Bréfritari: Stefanía Siggeirsdóttir
Viðtakandi: Páll Pálsson
Dagsetning: A-1864-04-14
Skrifað á: Breiðabólsstað  Árn. ?
Stefanía var bróðurdóttir Páls Pálssonar

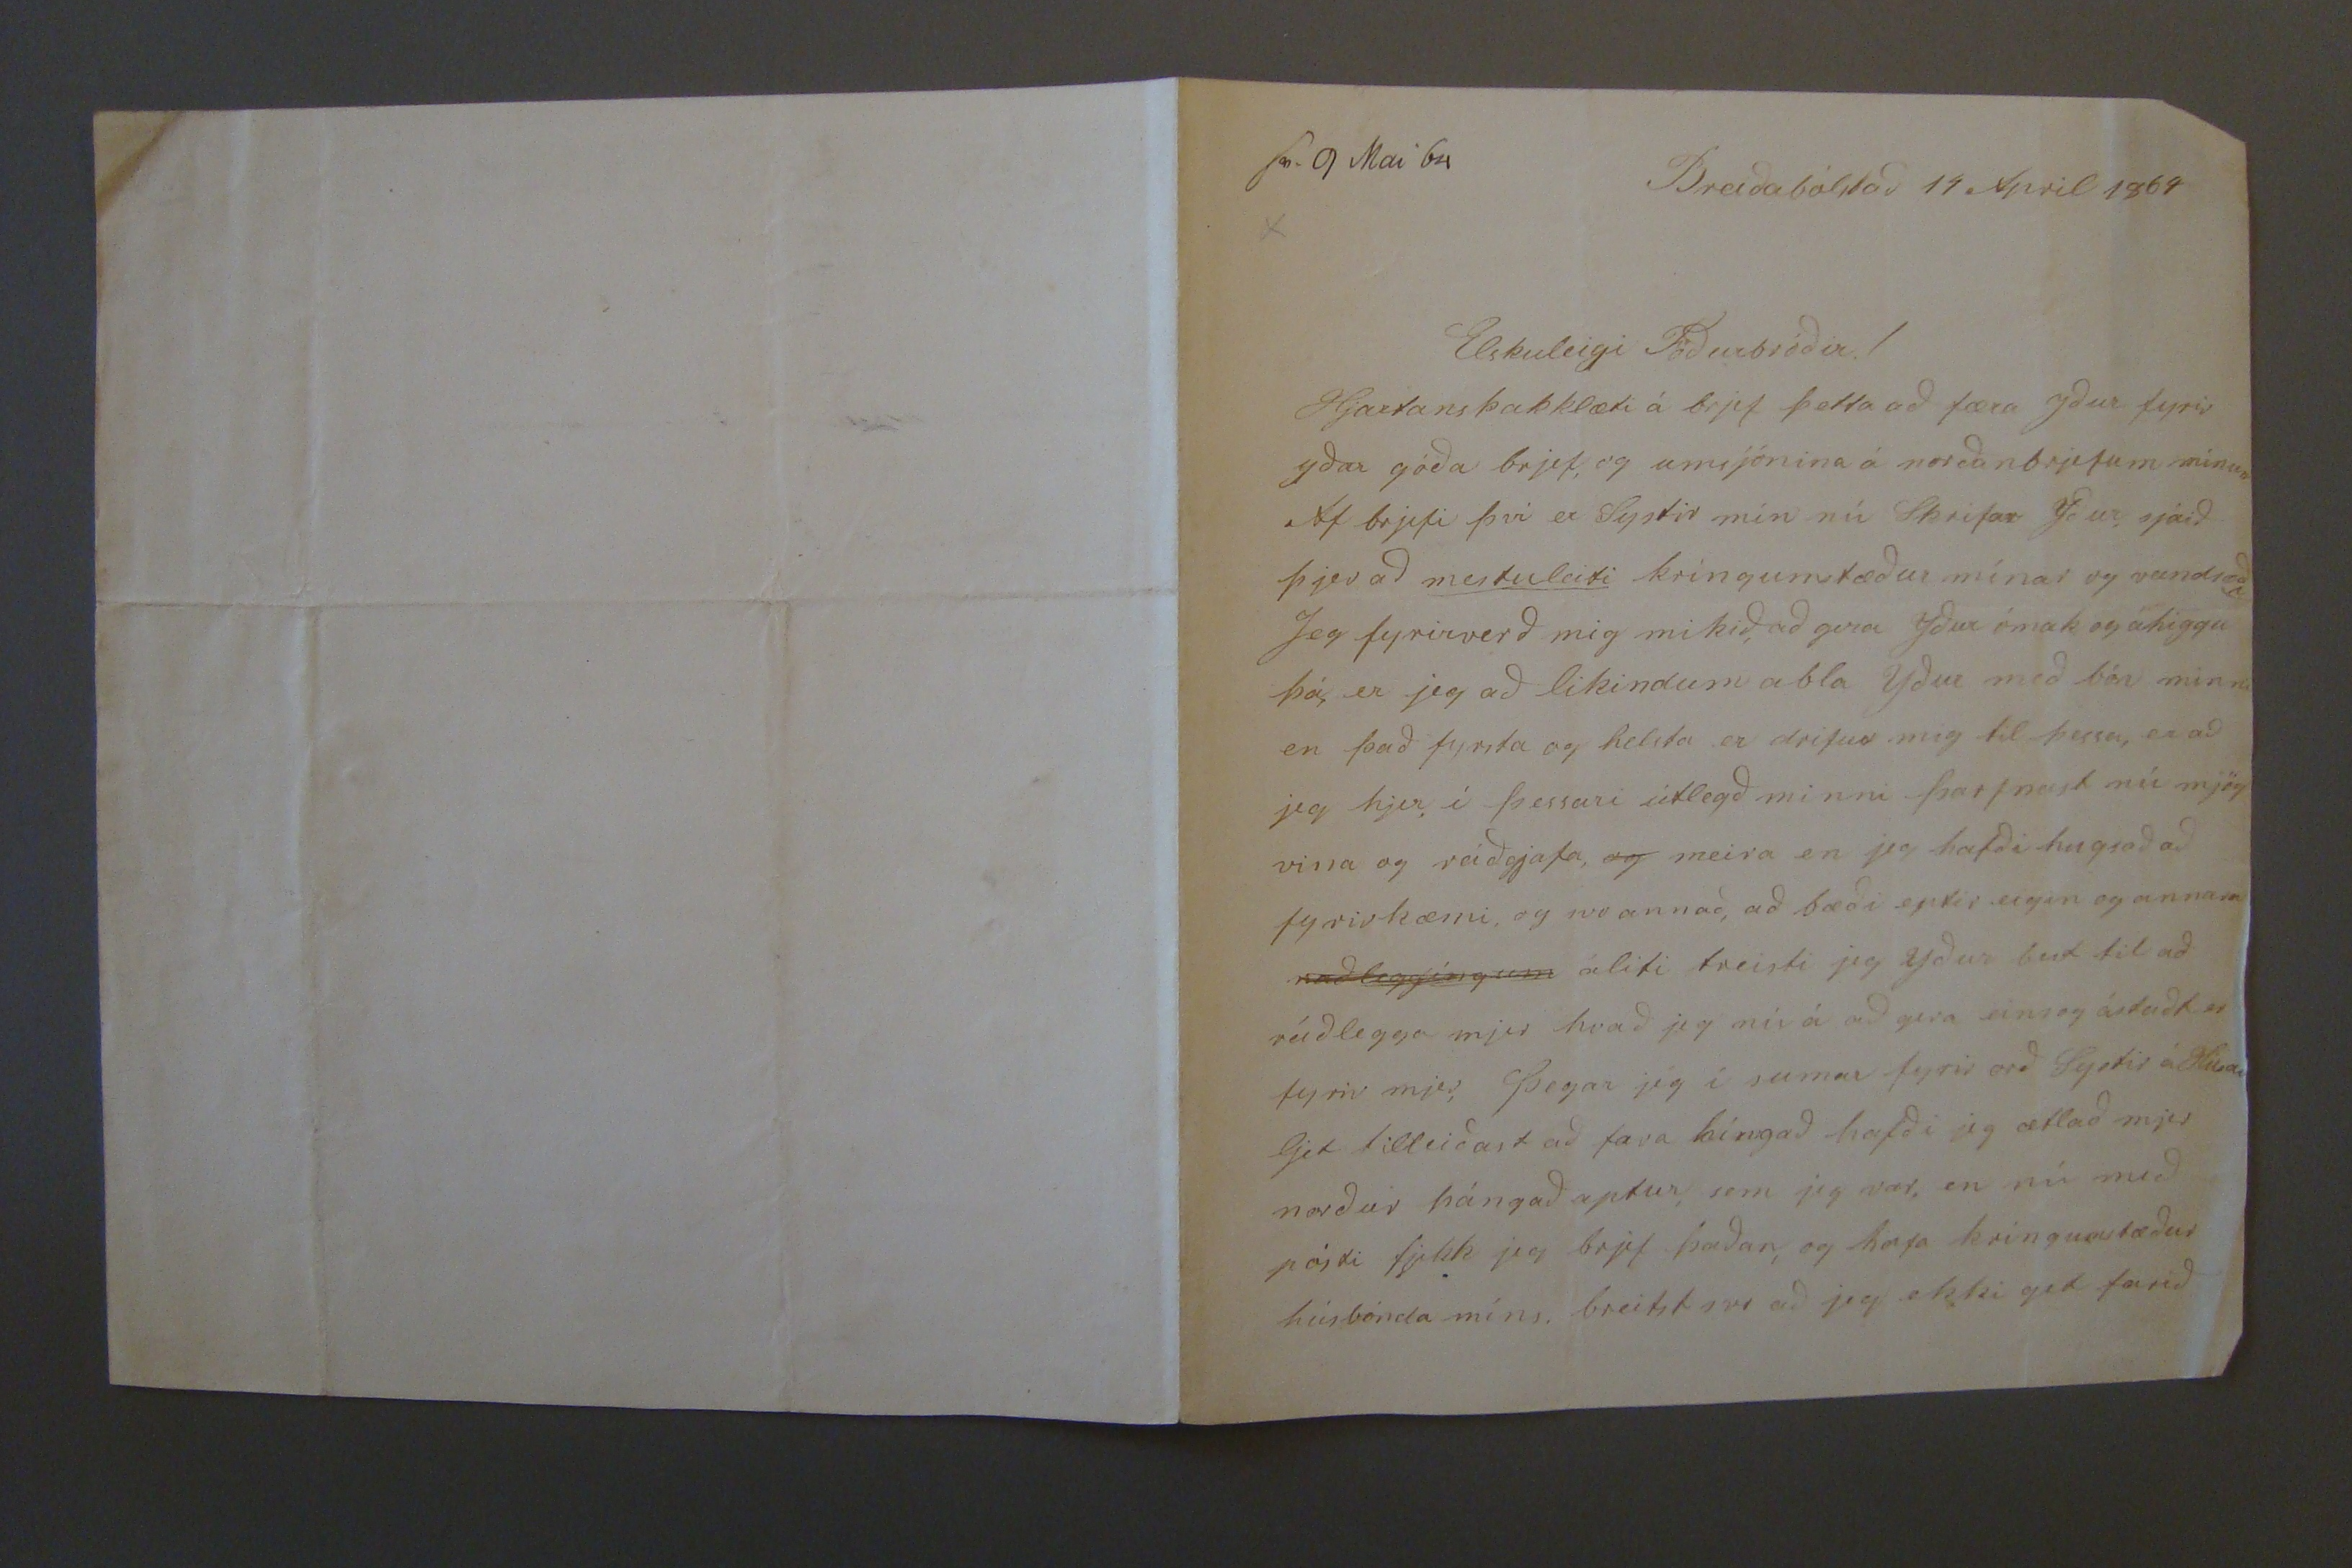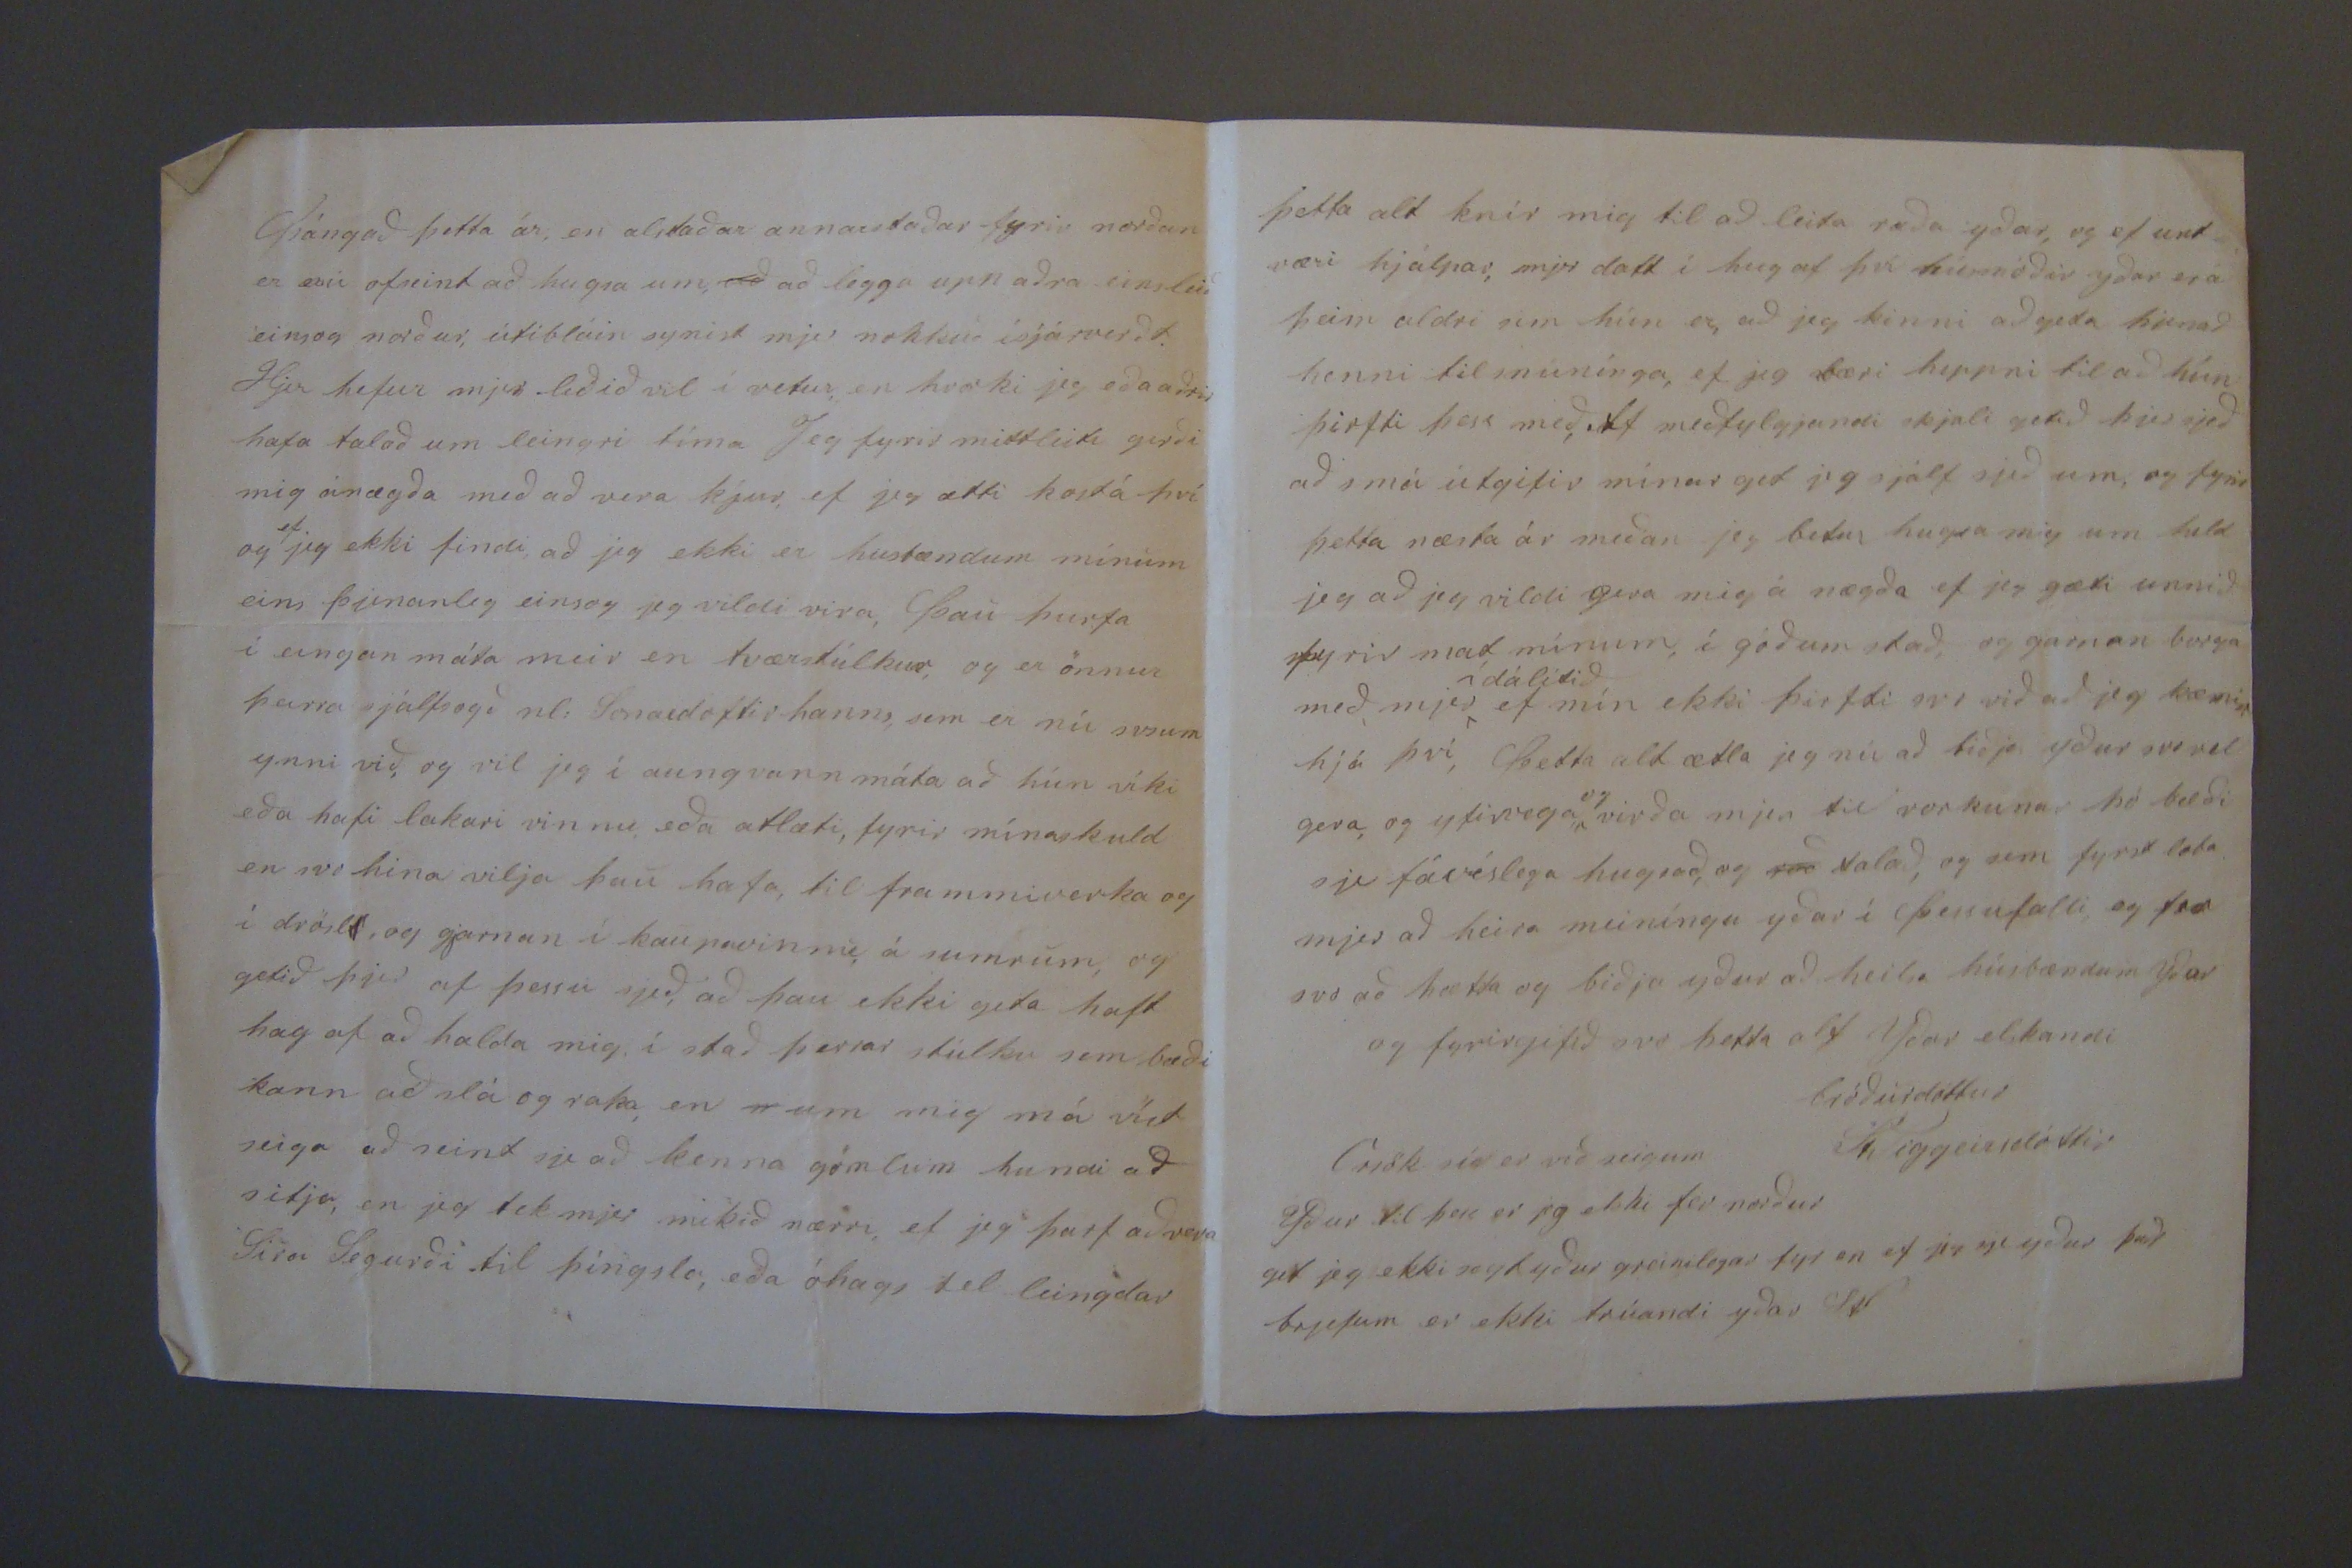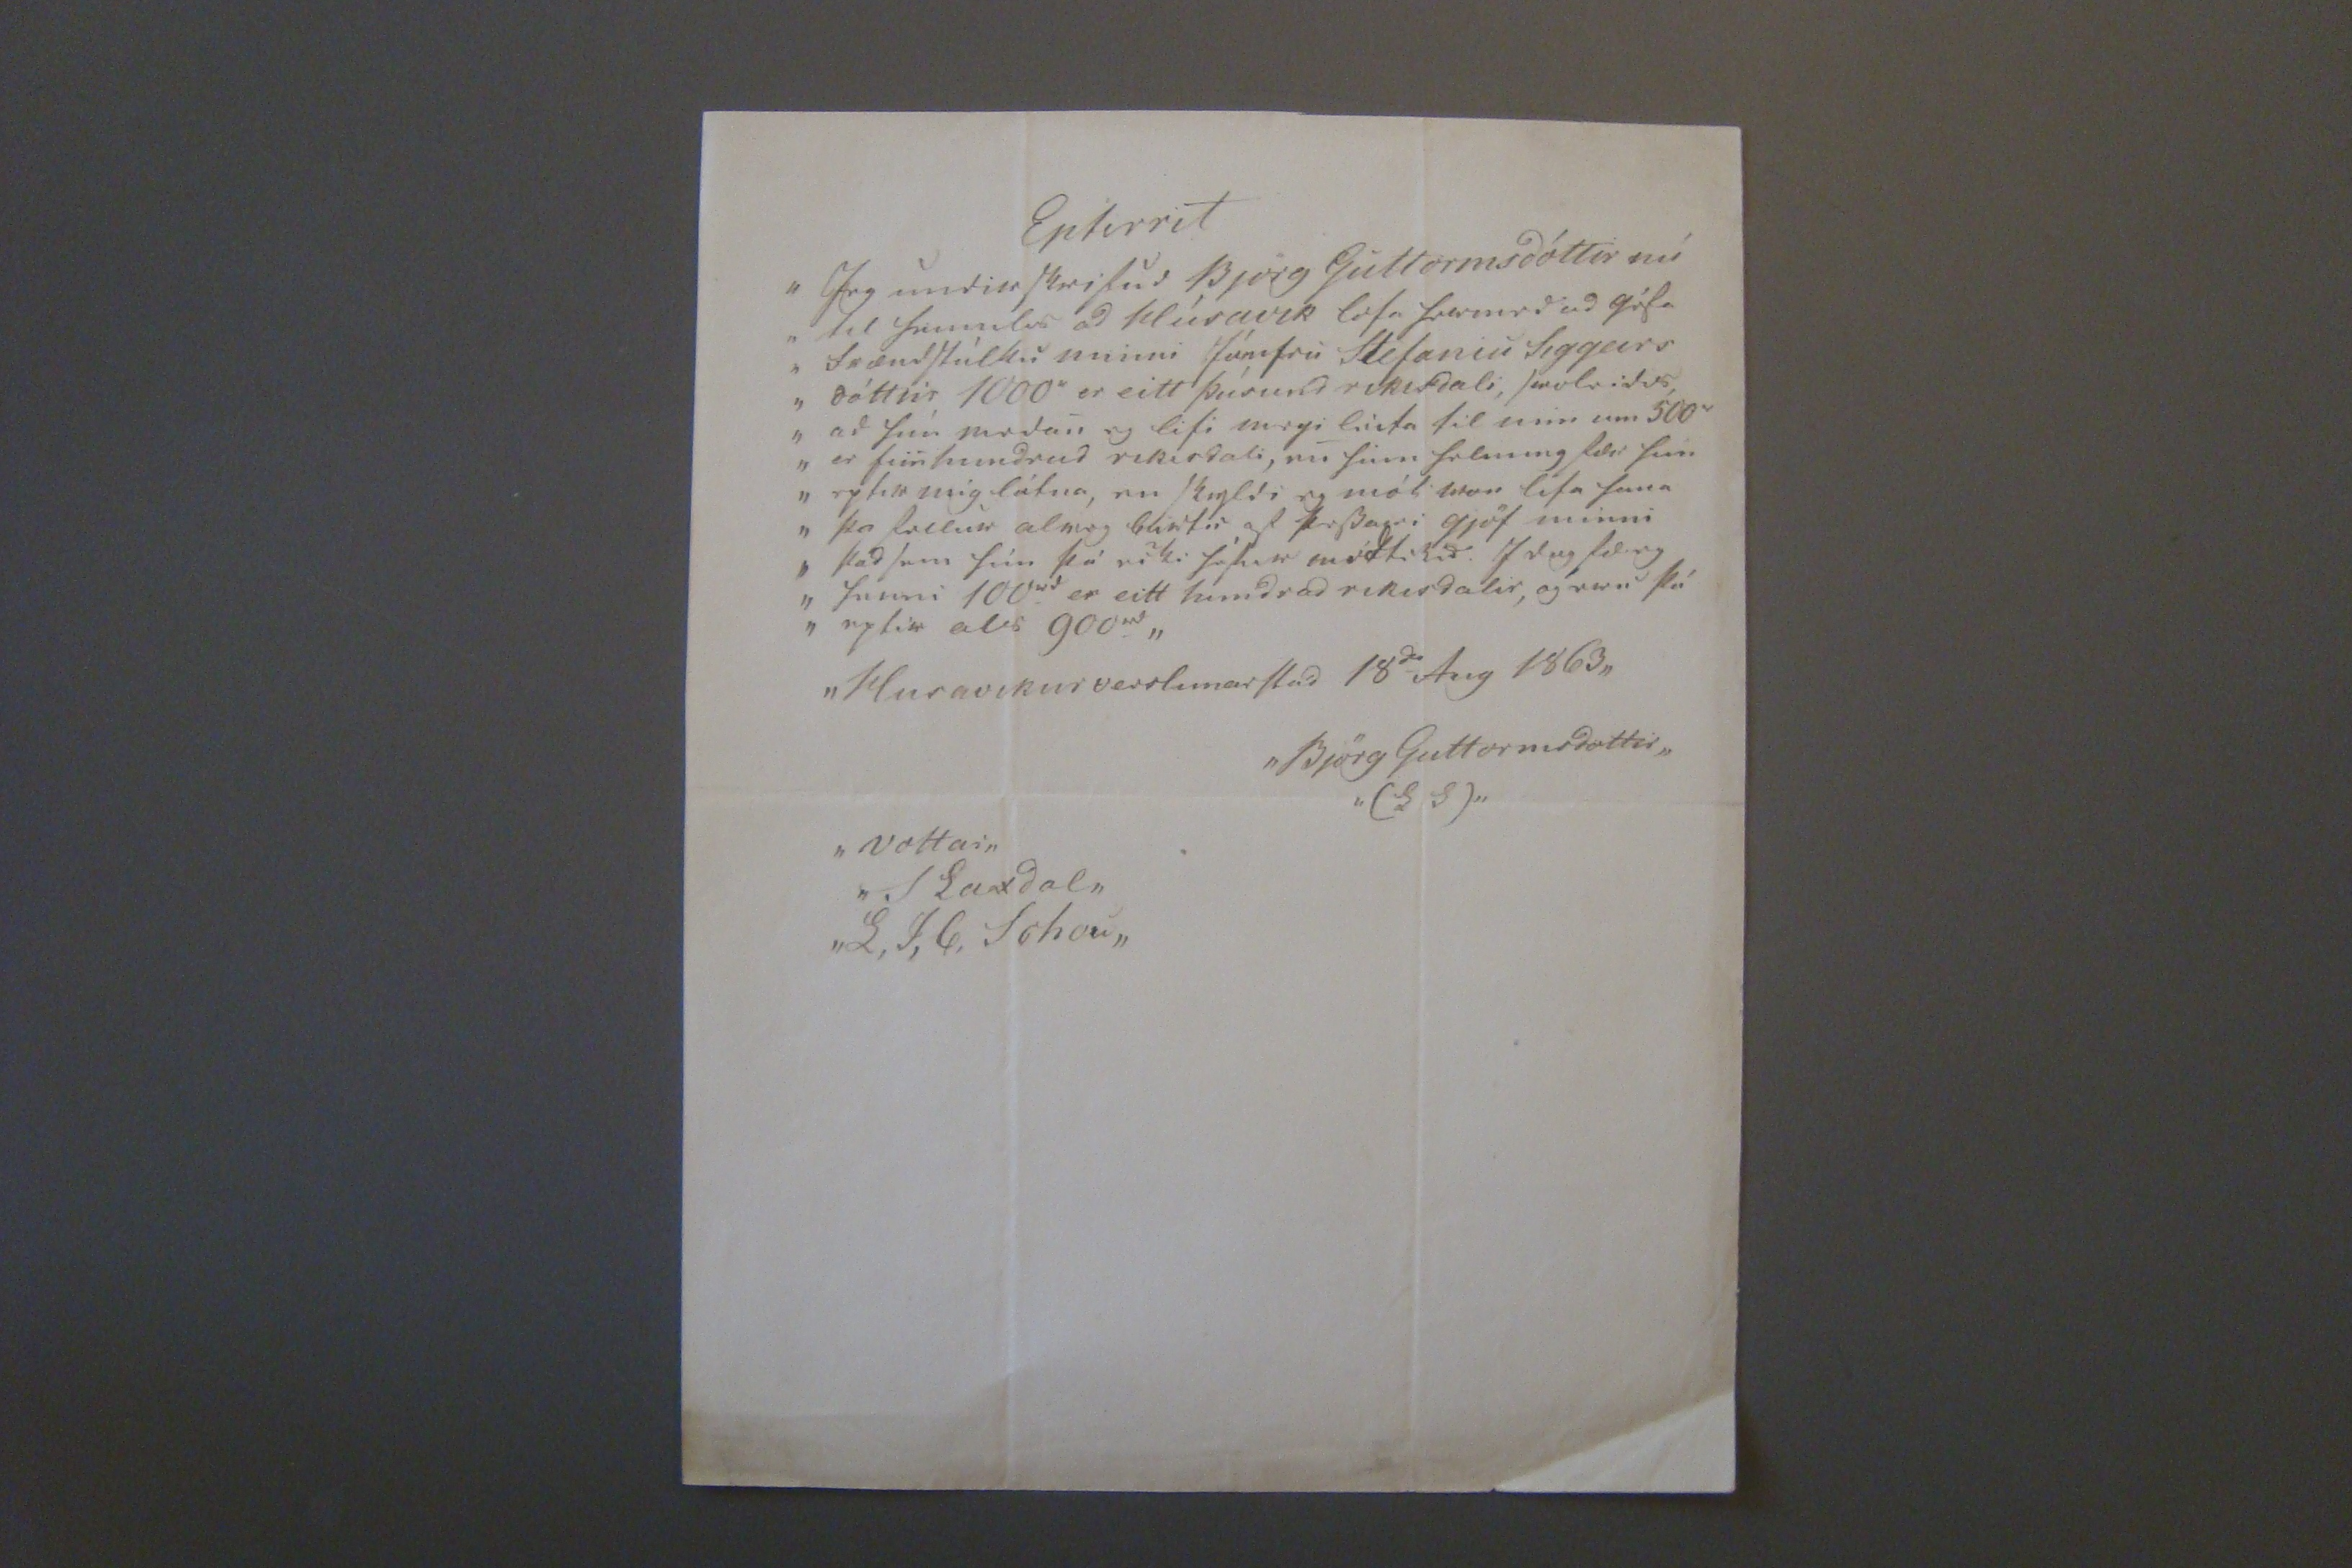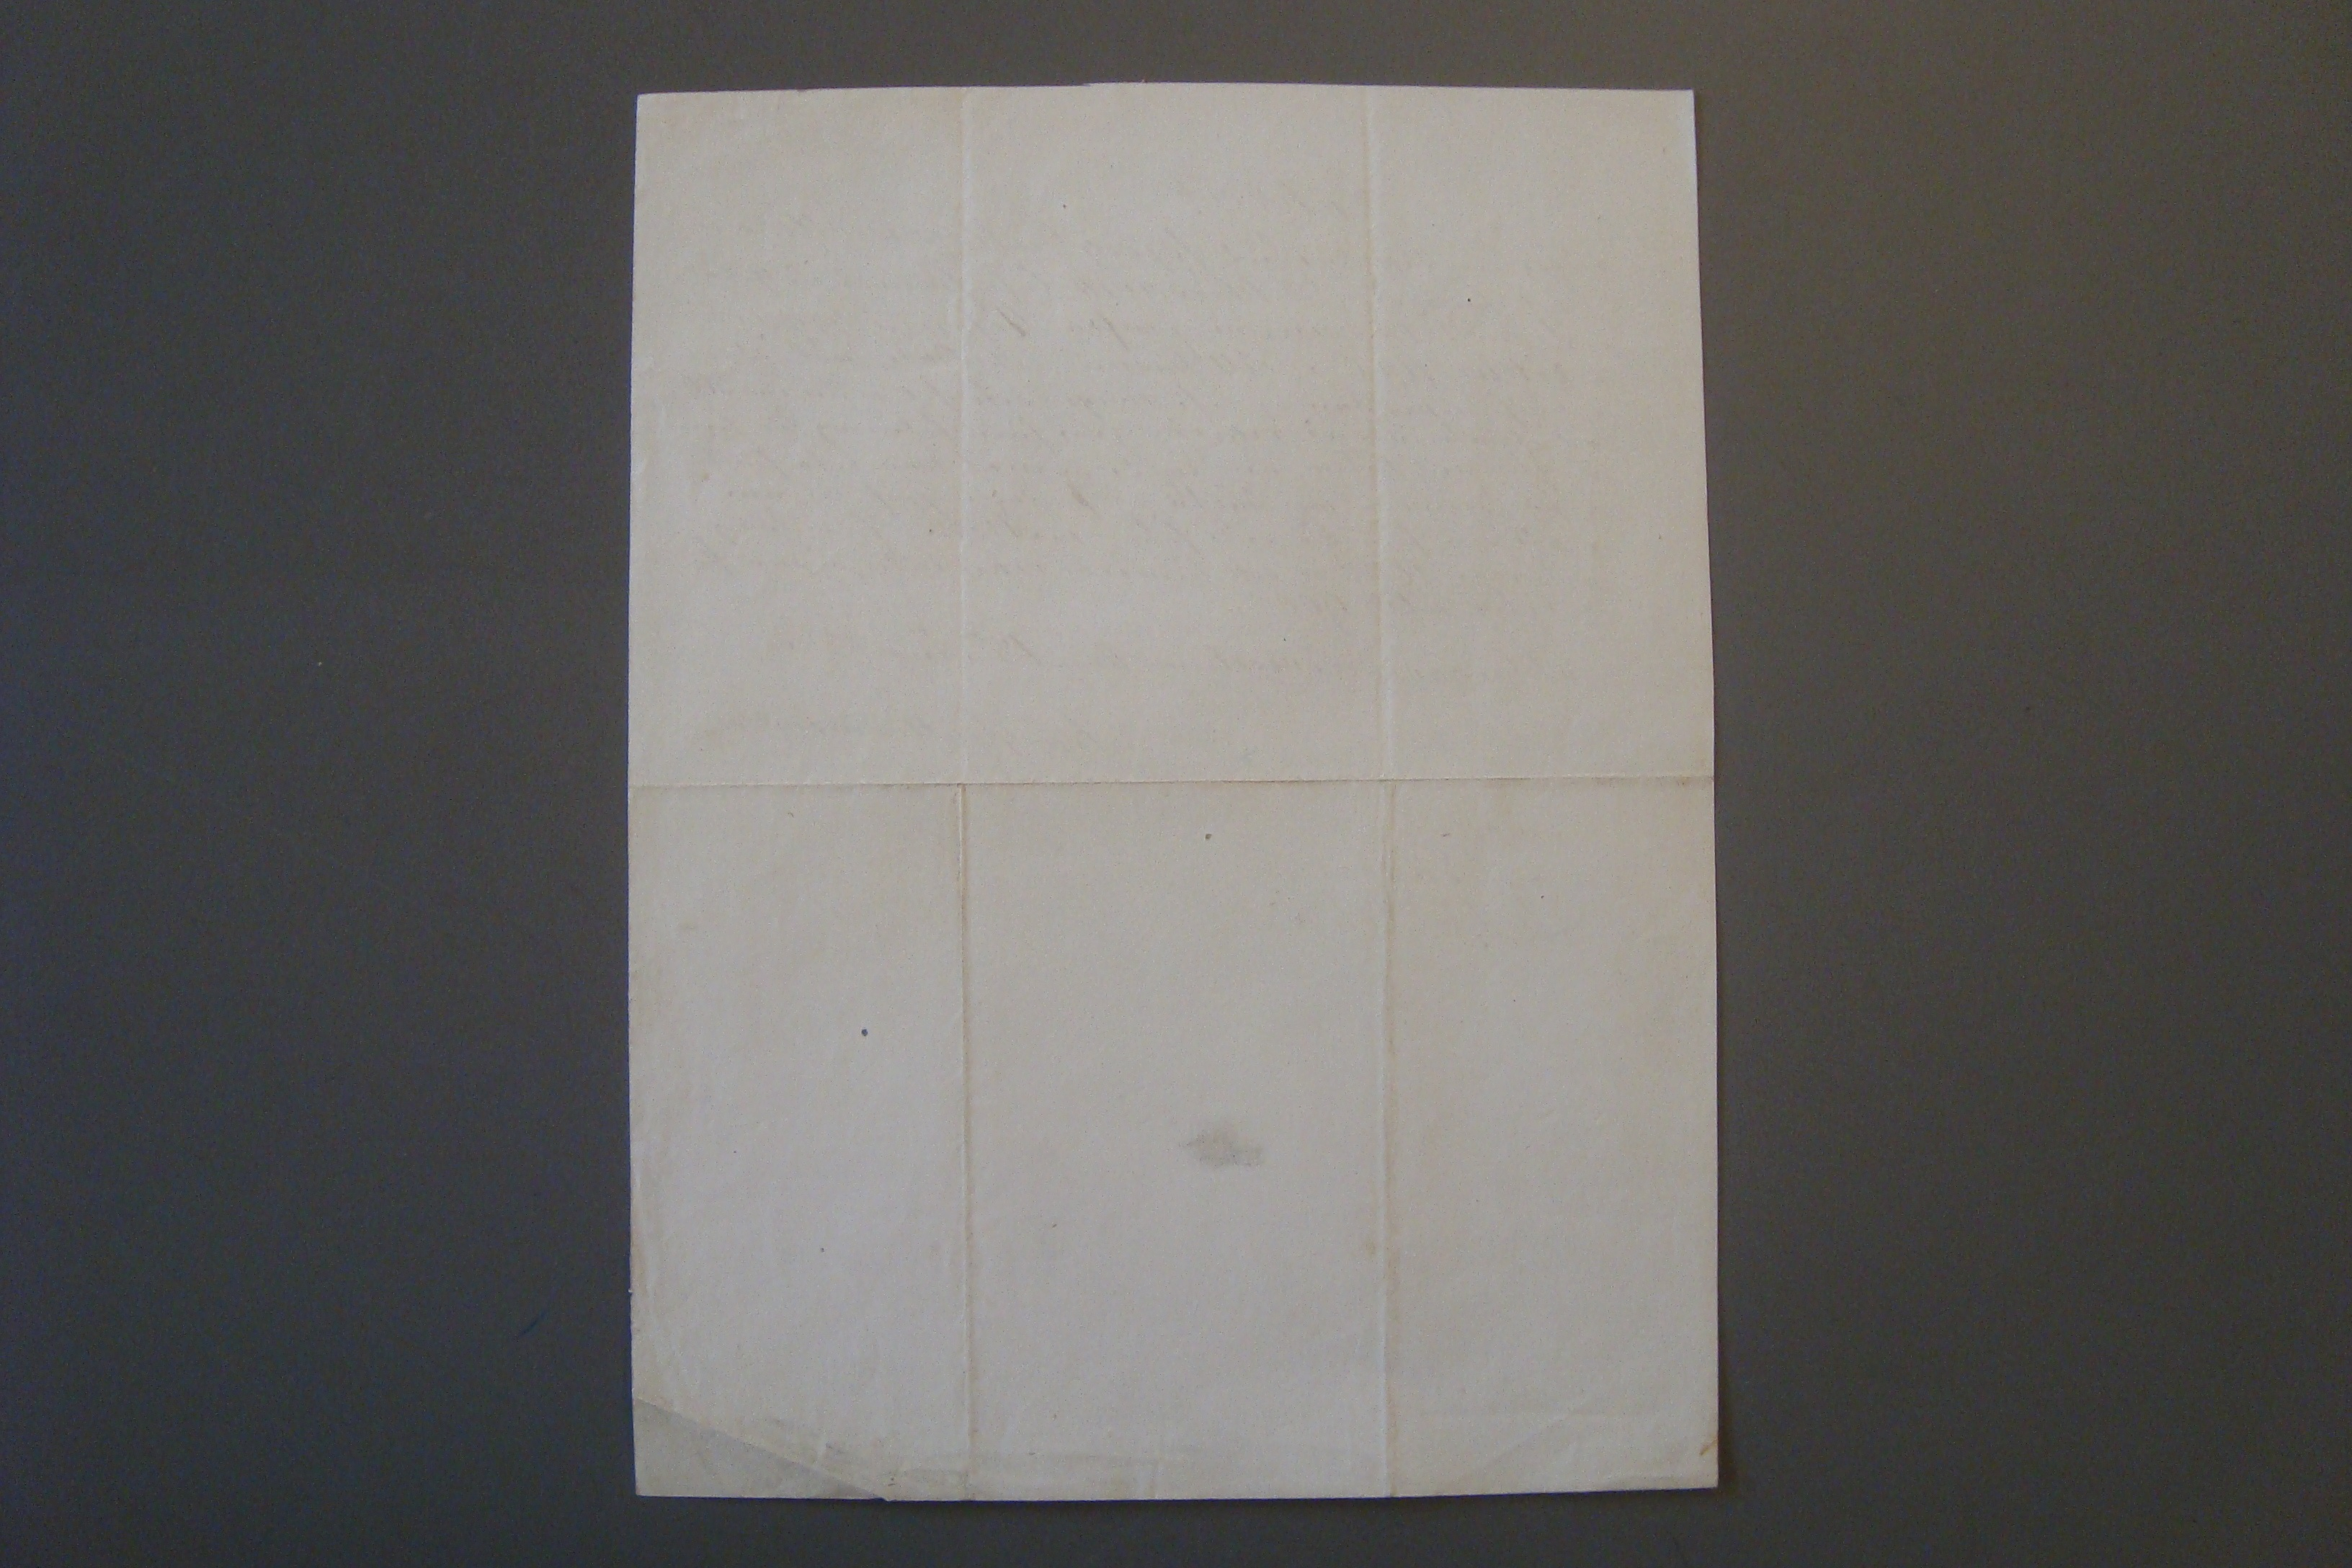

sv 9 Mai 64 Breiðabólstað 14 April 1864
Elskuleigi Föðurbróðir!
Hjartans þakklæti á brjef þetta að færa yður fyrir yðar góða brjef, og umsjónina á norðanbrjefum mínum Af brjefi því er systir mín nú skrifar yður, sjáið þjer að mestuleiti kríngumstæður mínar og vandræði Jeg fyrirverð mig mikið, ad gera yður ómak og áhiggu þá er jeg að likindum abla Yður með bón minni en það fyrsta og helsta er drífur mig til þessa, er að jeg hjer í þessari útlegð minni þarfnast nú mjög vina og ráðgjafa,
og
meira en jeg hafði hugsað að ráðlegga mjer hvað jeg nú á að gera einsog ástaðt er fyrir mjer, Þegar jeg í sumar fyrir orð systir á
Hildi
ljet tilleiðast að fara híngað hafði jeg ætlað mjer norður þángað aptur, sem jeg var, en nú með pósti fjekk jeg brjef þaðan, og hafa kríngumstæður húsbónda míns breitst svo að jeg ekki get farið
þángað þetta ár, en alstaðar annarstaðar fyrir norðan er nú ofseint að hugsa um,
að
að legga upp aðra einsleið einsog norður, útibláin synist mjer nokkuð
ísjárverdt
Hjer hefur mjer liðið vel í vetur, en hvorki jeg eða aðrir hafa talað um leingri tíma Jeg fyrir mittleiti gerði mig ánægða með að vera kjur, ef jeg ætti kostá því og
ef
jeg ekki findi, að jeg ekki er husbændum mínum eins þjenanleg einsog jeg vildi vira, þau þurfa í eingan máta meir en tværstúlkur, og er önnur þeirra sjálfsogð
nb:
sonardóttir hanns, sem er nú
000um
ynni við, og vil jeg í aungvann máta að hún víki eða hafi lakari vinnu, eða atlæti, fyrir mína skuld en svo hina vilja þau hafa, til frammiverka og í drösl
d
, og gjarnan í kaupavinnu á sumrum, og getið þjer af þessu sjeð, að þau ekki geta haft hag af að halda mig, í stað þerrar stúlku sem bæði kann að slá og raka, en
n
um mig má víst seigja að seint sje að kenna gömlum hundi að sitja, en jeg tek mjer mikið nærri, ef jeg þarf að vera Sira Sigurði til þínsla, eða óhags til leingdar
þetta alt knír mig til að leita ráða yðar, og ef unt væri hjálpar, mjer datt í hug af því húsbmóðir yðar er á þeim aldri sem hún er, að jeg kinni að geta
þjenað
henni til snúninga, ef jeg bæri heppni til að hún þirfti þess með, Af meðfylgjandi skjali getið þjer sjeð að smá útgifir mínar get jeg sjálf sjeð um, og fyrir þetta næsta ár meðan jeg betur hugsa mig um held jeg að jeg vildi gera mig á nægða ef jeg gæti unnið fyrir mat mínum, í góðum stað, og garnan borga með mjer
dálítið
ef mín ekki þirfti svo við að jeg kæmist hjá því, Þetta alt ætla jeg nú að biðja yður svo vel gera, og yfirvega
og
virða mjer til vorkunar þó bæði sje fávíslega hugsað, og
með
talað
, sem fyrst lofa mjer að heira meiníngu yðar í þessufalli, og fer svo að hætta og biðja yður að heilsa húsbændum yðar og fyrirgifið svo þetta alt yðar elskandi bróðurdóttur
St Siggeirsdóttir
000ök 0i0
er við seigum Yður til þess ei jeg ekki fer norður get jeg ekki sagt yður greinilega fyr en ef jeg sje yður þaði brjefum er ekki trúandi yðar StS
Eptirrit
!"Jeg undir skrifuð Björg Guttormsdóttir nú " til heimilis að Húsavik lofa fra með að géfa " frændstúlku minni Júmfrú Stefaniu Siggeirs " dóttir 1000 " er eitt þúsund rikisdali, svoleiðis, " að hún meðan eg lifi megi
leita
til min um 500
r
" er fimhundruð rikisdali, en hinn helming Rds hún eptir mig látna, en skyldi eg
mó0 utan
lifa hana þa fellur alveg
bli00ir
af þessari gjöf minni " það sem hún þá ecki héfur mottekið. I dag sel eg " henni 100
rd
er eitt hundrað rikisdalir, og eru þá " eptir als 900
rd
" "Husavikurverslunarstað 18
da
Aug 1863
"Björg Guttormsdottir" "(S S)"
"vott
ain
"S Laxdal" "L, F, G, Sohan"